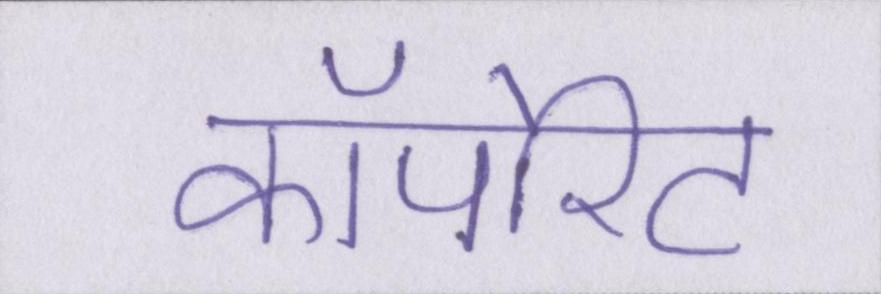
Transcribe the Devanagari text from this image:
कॉर्पोरेट